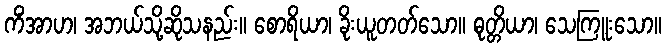
ကိံအာဟ၊ အဘယ်သို့ဆိုသနည်း။ စောရိယာ၊ ခိုးယူတတ်သော။ ဓုတ္တိယာ၊ သေကြူးသော။